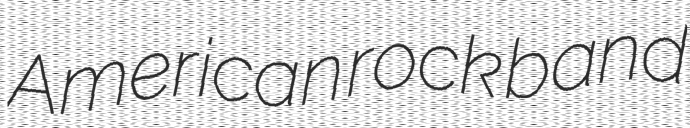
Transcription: American rock band